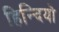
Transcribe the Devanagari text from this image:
हिन्दियो